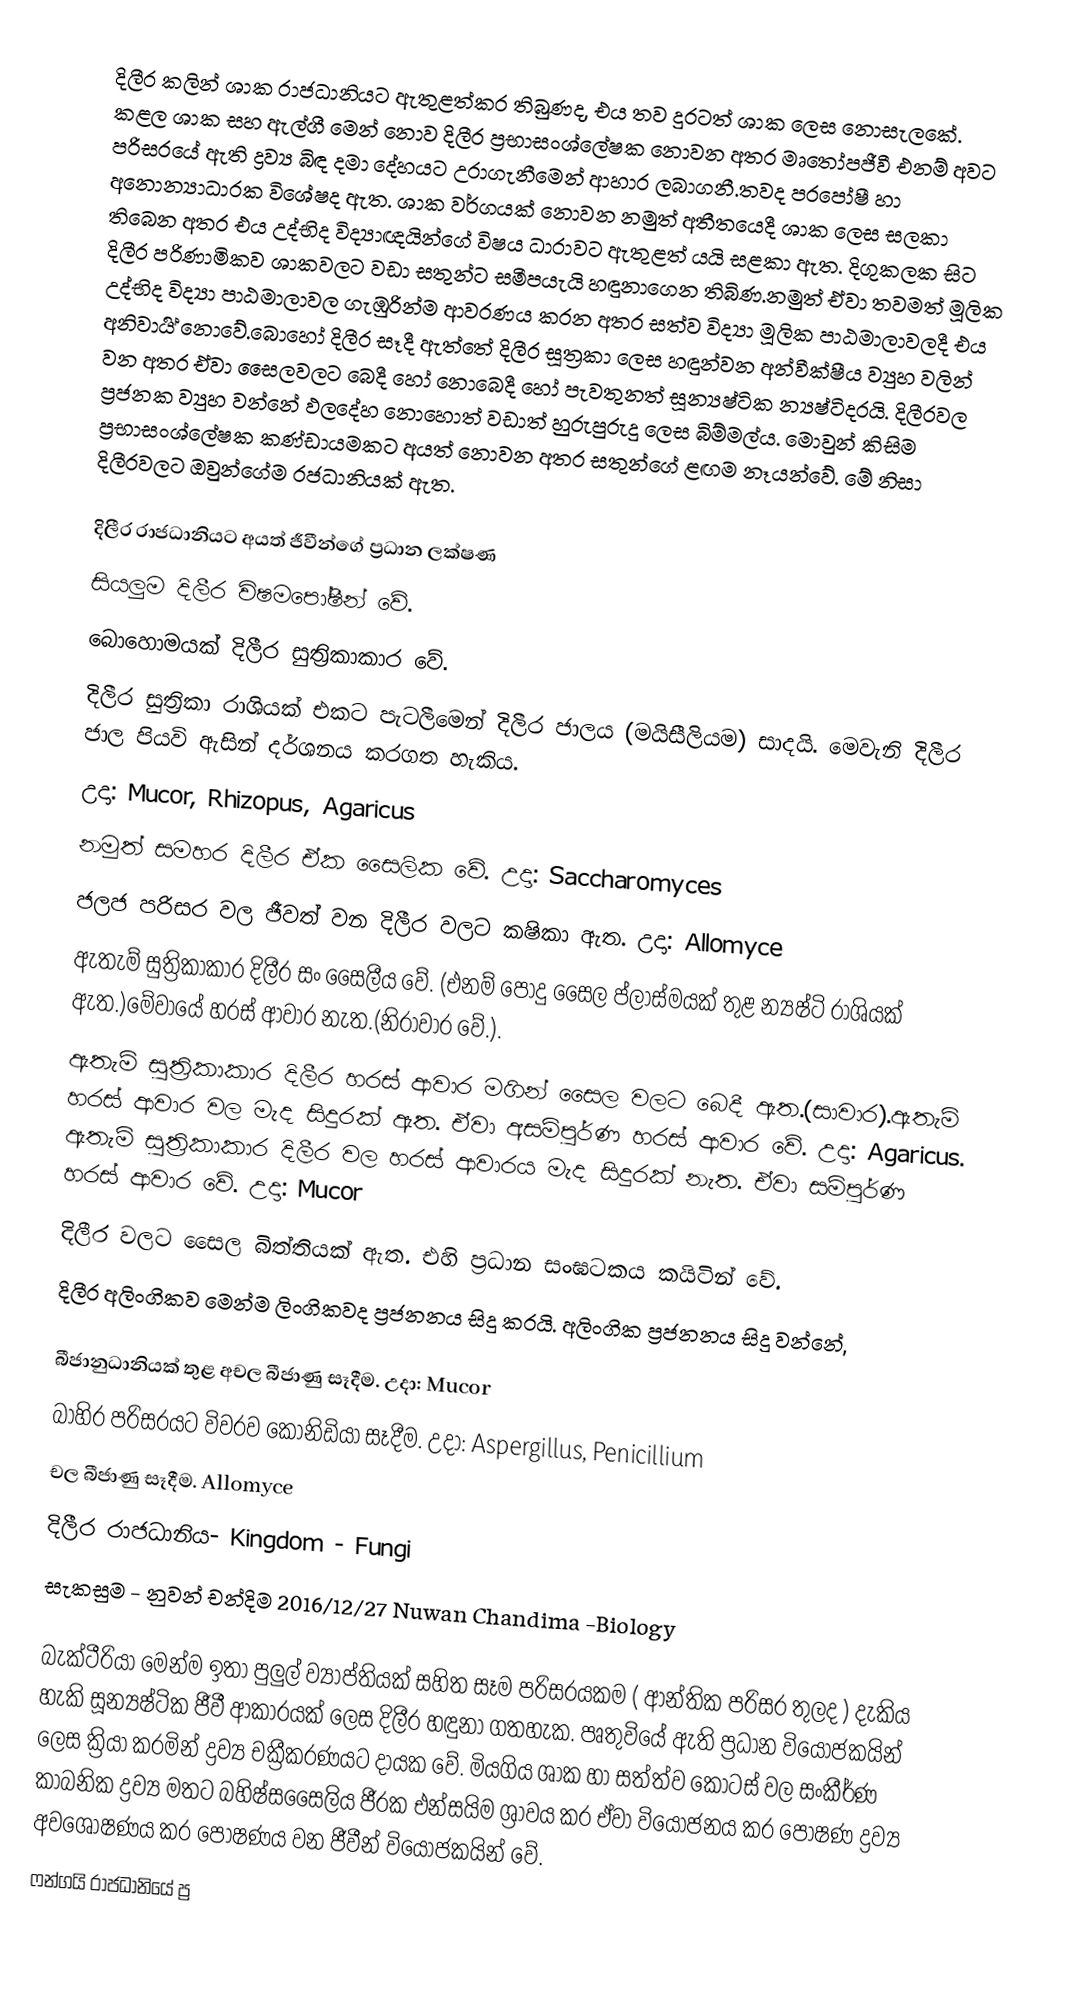
දිලීර කලින් ශාක රාජධානියට ඇතුළත්කර තිබුණද, එය තව දුරටත් ශාක ලෙස නොසැලකේ. කළල ශාක සහ ඇල්ගී මෙන් නොව දිලීර ප්‍රභාසංශ්ලේෂක නොවන අතර මෘතෝපජීවී එනම් අවට පරිසරයේ ඇති ද්‍රව්‍ය බිඳ දමා දේහයට උරාගැනීමෙන් ආහාර ලබාගනී.තවද පරපෝෂී හා අනොන්‍යාධාරක විශේෂද ඇත. ශාක වර්ගයක් නොවන නමුත් අතීතයෙදී ශාක ලෙස සලකා තිබෙන අතර එය උද්භිද විද්‍යාඥයින්ගේ විෂය ධාරාවට ඇතුළත් යයි සළකා ඇත. දිගුකලක සිට දිලීර පරිණාමිකව ශාකවලට වඩා සතුන්ට සමීපයැයි හඳුනාගෙන තිබිණ.නමුත් ඒවා තවමත් මූලික උද්භිද විද්‍යා පාඨමාලාවල ගැඹුරින්ම ආවරණය කරන අතර සත්ව විද්‍යා මූලික පාඨමාලාවලදී එය අනිවාර්‍ය් නොවේ.බොහෝ දිලීර සෑදී ඇත්තේ දිලීර සූත්‍රකා ලෙස හඳුන්වන අන්වීක්ෂීය ව්‍යුහ වලින් වන අතර ඒවා සෛලවලට බෙදී හෝ නොබෙදී හෝ පැවතුනත් සූන්‍යෂ්ටික න්‍යෂ්ටිදරයි. දිලීරවල ප්‍රජනක ව්‍යුහ වන්නේ ඵලදේහ නොහොත් වඩාත් හුරුපුරුදු ලෙස බිම්මල්ය. මොවුන් කිසිම ප්‍රභාසංශ්ලේෂක කණ්ඩායමකට අයත් නොවන අතර සතුන්ගේ ළඟම නෑයන්වේ. මේ නිසා දිලීරවලට ඔවුන්ගේම රජධානියක් ඇත.

දිලීර රාජධානියට අයත් ජීවීන්ගේ ප්‍රධාන ලක්ෂණ
සියලුම දිලීර විෂමපෝෂීන් වේ.
බොහොමයක් දිලීර සුත්‍රිකාකාර වේ.
දිලීර සුත්‍රිකා රාශියක් එකට පැටලීමෙන් දිලීර ජාලය (මයිසීලියම) සාදයි. මෙවැනි දිලීර ජාල පියවි ඇසින් දර්ශනය කරගත හැකිය.
උදා: Mucor, Rhizopus, Agaricus
නමුත් සමහර දිලීර ඒක සෛලික වේ. උදා: Saccharomyces
ජලජ පරිසර වල ජීවත් වන දිලීර වලට කෂිකා ඇත. උදා: Allomyce
ඇතැම් සුත්‍රිකාකාර දිලීර සං සෛලීය වේ. (එනම් පොදු සෛල ප්ලාස්මයක් තුළ න්‍යෂ්ටි රාශියක් ඇත.)මේවායේ හරස් ආවාර නැත.(නිරාවාර වේ.).
ඇතැම් සුත්‍රිකාකාර දිලීර හරස් ආවාර මගින් සෛල වලට බෙදී ඇත.(සාවාර).ඇතැම් හරස් ආවාර වල මැද සිදුරක් ඇත. ඒවා අසම්පුර්ණ හරස් ආවාර වේ.        උදා: Agaricus. ඇතැම් සුත්‍රිකාකාර දිලීර වල හරස් ආවාරය මැද සිදුරක් නැත. ඒවා සම්පුර්ණ හරස් ආවාර වේ. උදා: Mucor
දිලීර වලට සෛල බිත්තියක් ඇත. එහි ප්‍රධාන සංඝටකය කයිටින් වේ.
දිලීර අලිංගිකව මෙන්ම ලිංගිකවද ප්‍රජනනය සිදු කරයි. අලිංගික ප්‍රජනනය සිදු වන්නේ,

බීජානුධානියක් තුළ අචල බීජාණු සෑදීම. උදා: Mucor
බාහිර පරිසරයට විවරව කොනිඩියා සෑදීම. උදා: Aspergillus, Penicillium
චල බීජාණු සෑදීම. Allomyce
දිලීර රාජධානිය- Kingdom - Fungi
සැකසුම - නුවන් චන්දිම 2016/12/27      Nuwan Chandima  -Biology

බැක්ටීරියා මෙන්ම ඉතා පුලුල් ව්‍යාප්තියක් සහිත සෑම පරිසරයකම ( ආන්තික පරිසර තුලද )  දැකිය හැකි සූන්‍යෂ්ටික ජීවී ආකාරයක් ලෙස දිලීර හඳුනා ගතහැක.  පෘතුවියේ ඇති ප්‍රධාන වියෝජකයින් ලෙස ක්‍රියා කරමින් ද්‍රව්‍ය චක්‍රීකරණයට දායක වේ.  මියගිය ශාක හා සත්ත්ව කොටස් වල සංකීර්ණ කාබනික ද්‍රව්‍ය මතට බහිෂ්සසෛලිය ජීරක එන්සයිම ශ්‍රාවය කර ඒවා වියෝජනය කර පොෂණ ද්‍රව්‍ය අවශෝෂණය කර පෝෂණය වන ජීවීන් වියෝජකයින් වේ.
ෆන්ගයි රාජධානියේ ප්‍ර